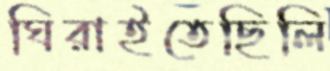
ঘিরাইতেছিলি